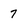
Character: 7